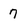
Character: 7